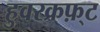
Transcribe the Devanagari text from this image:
हुवरक्रफ़्ट